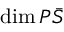
\mathrm { d i m } \, P \bar { S }